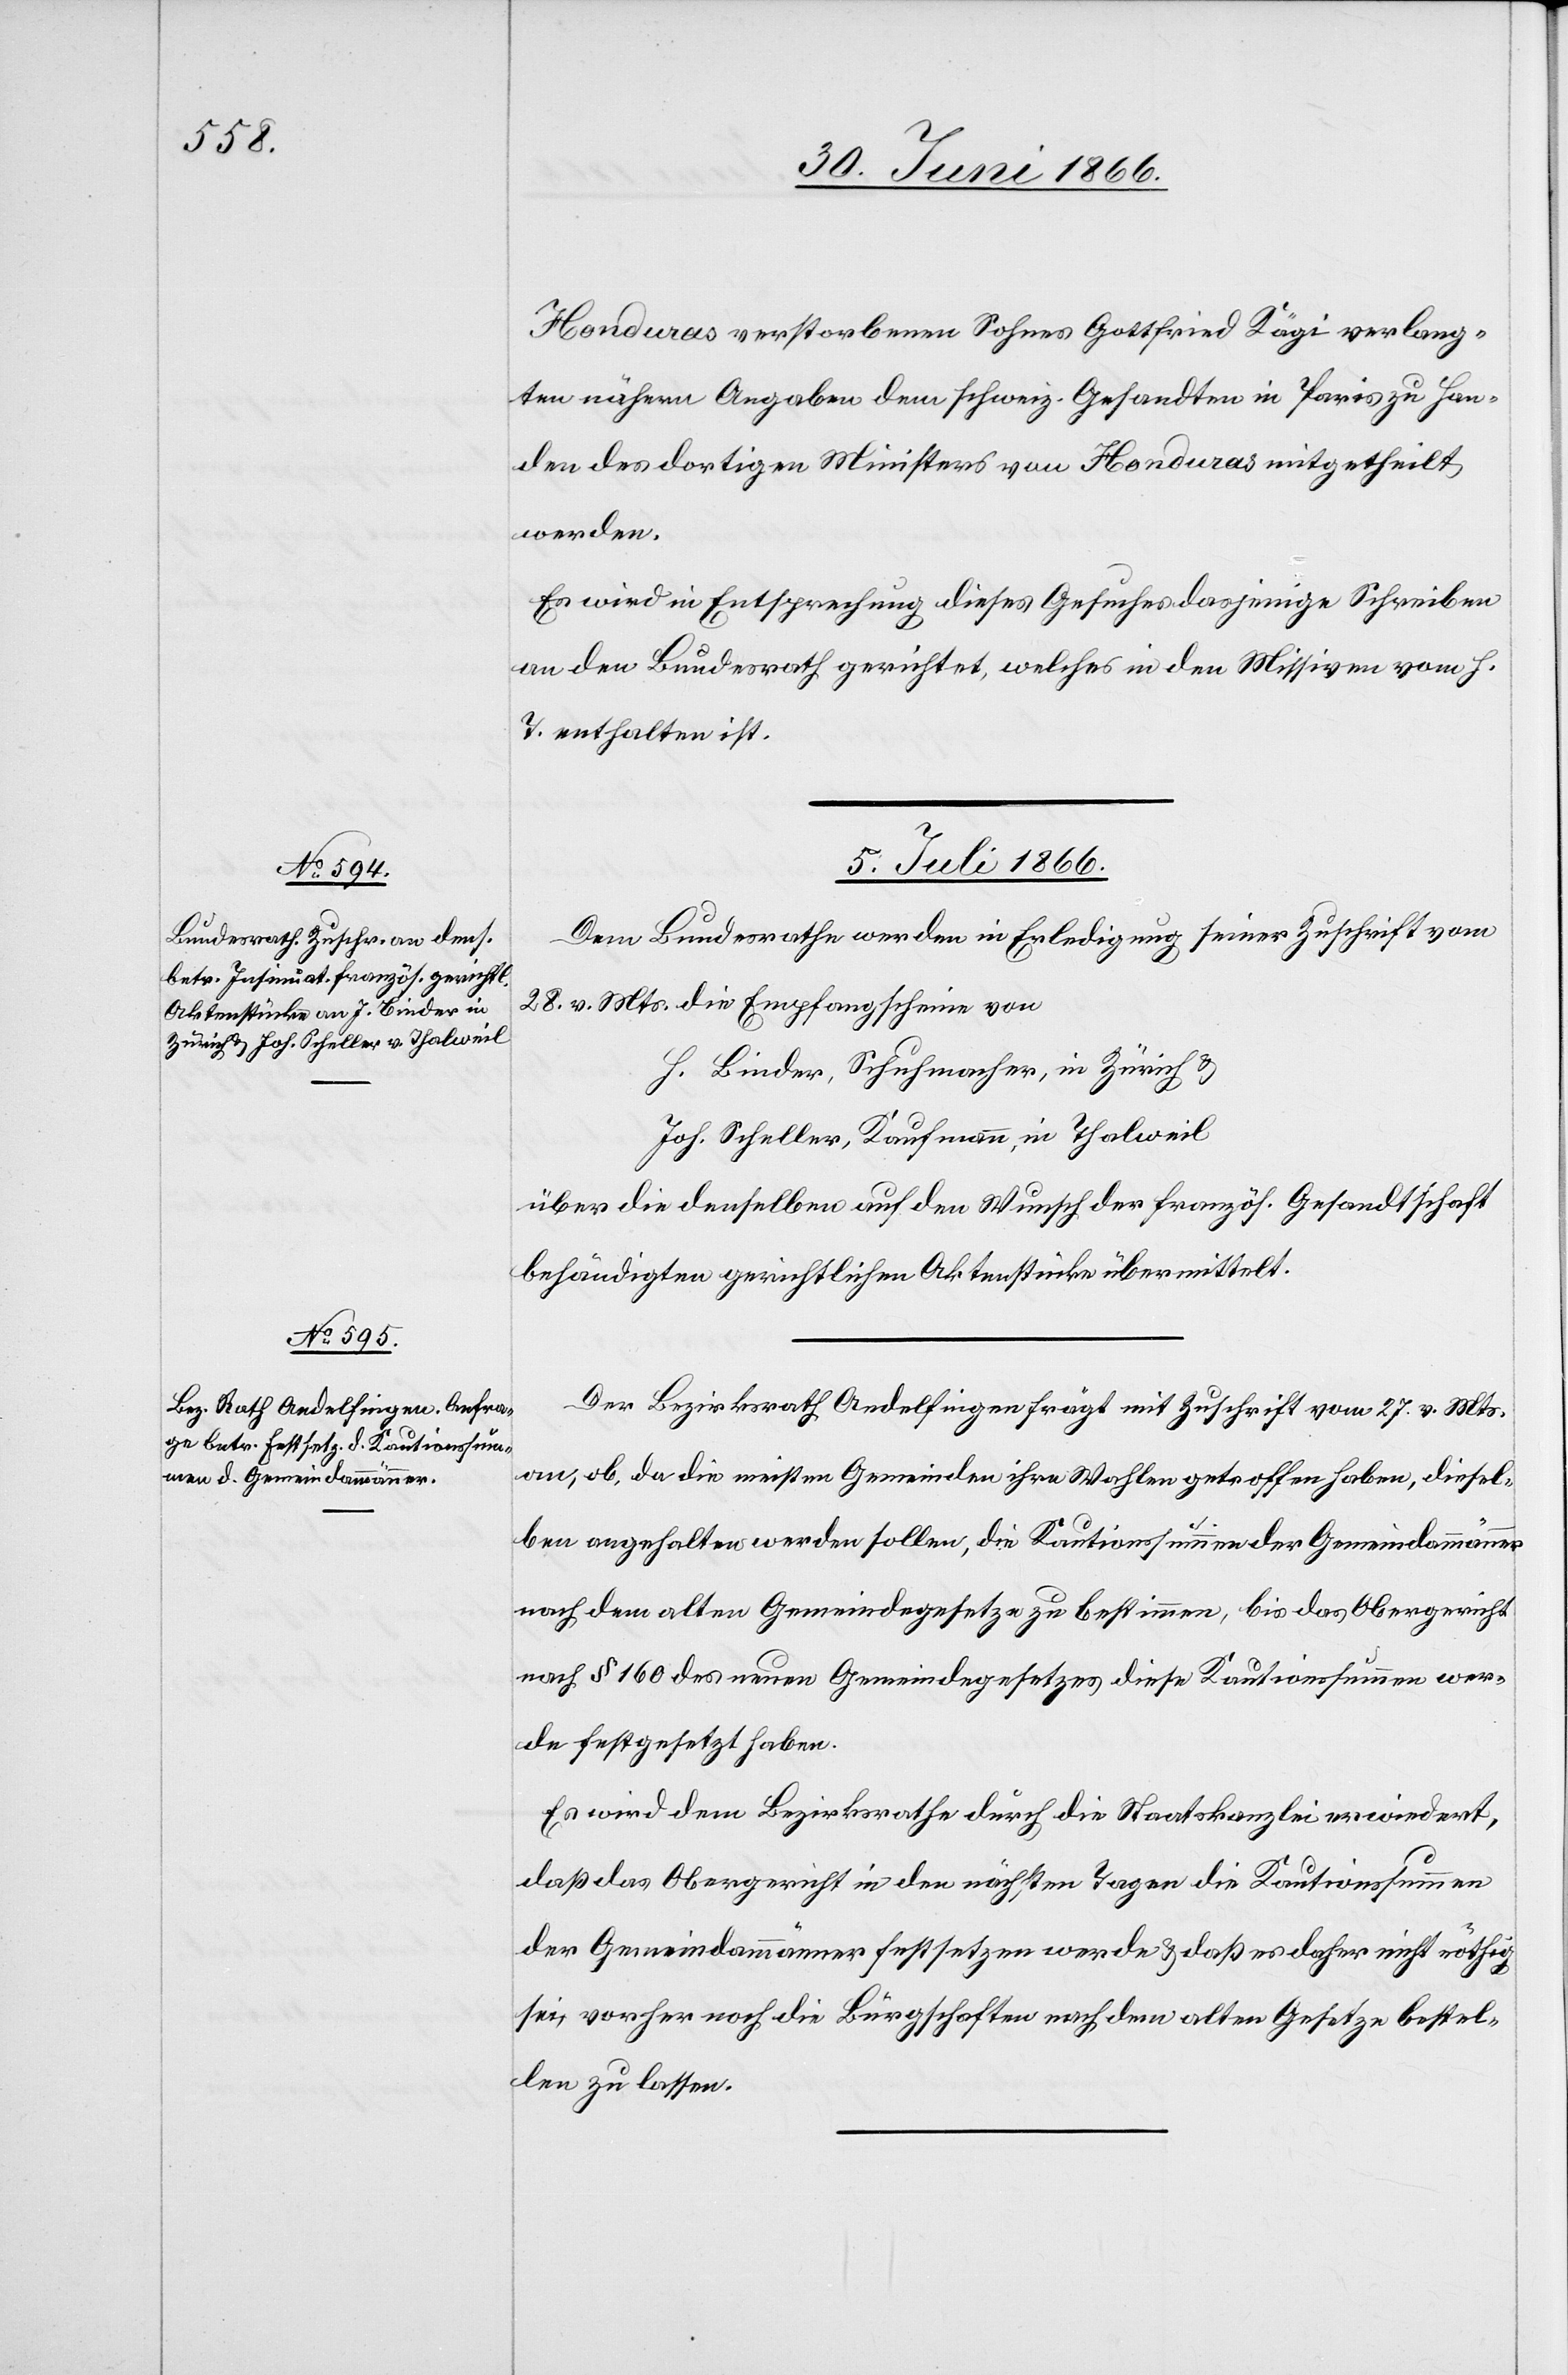
Honduras verstorbenen Sohnes Gottfried Kägi verlang¬
ten nähern Angaben dem schweiz. Gesandten in Paris zu Han¬
den des dortigen Ministers von Honduras mitgetheilt
werden.
Es wird in Entsprechung dieses Gesuches dasjenige Schreiben
an den Bundesrath gerichtet, welches in den Missiven vom h.
T. enthalten ist.
5. Juli 1866.]
Dem Bundesrathe werden in Erledigung seiner Zuschrift vom
28. v. Mts. die Empfangscheine von
H. Binder [sic!], Schuhmacher, in Zürich u.
Joh. Scheller, Kaufmann, in Thalweil
über die denselben auf den Wunsch der französ. Gesandtschaft
behändigten gerichtlichen Aktenstücke übermittelt.
Der Bezirksrath Andelfingen frägt mit Zuschrift vom 27. v. Mts.
an, ob da die meisten Gemeinden ihre Wahlen getroffen haben, diesel¬
ben angehalten werden sollen, die Kautionssumme der Gemeindammänner
nach dem alten Gemeindegesetz zu bestimmen, bis das Obergericht
nach § 160 des neuen Gemeindegesetzes diese Kautionssummen wer¬
de festgesetzt haben.
Es wird dem Bezirksrathe durch die Staatskanzlei erwiedert,
daß das Obergericht in den nächsten Tagen die Kautionssummen
der Gemeindammänner festsetzen werden u. daß es daher nicht nöthig
sei, vorher noch die Bürgschaften nach dem alten Gesetze bestel¬
len zu lassen.